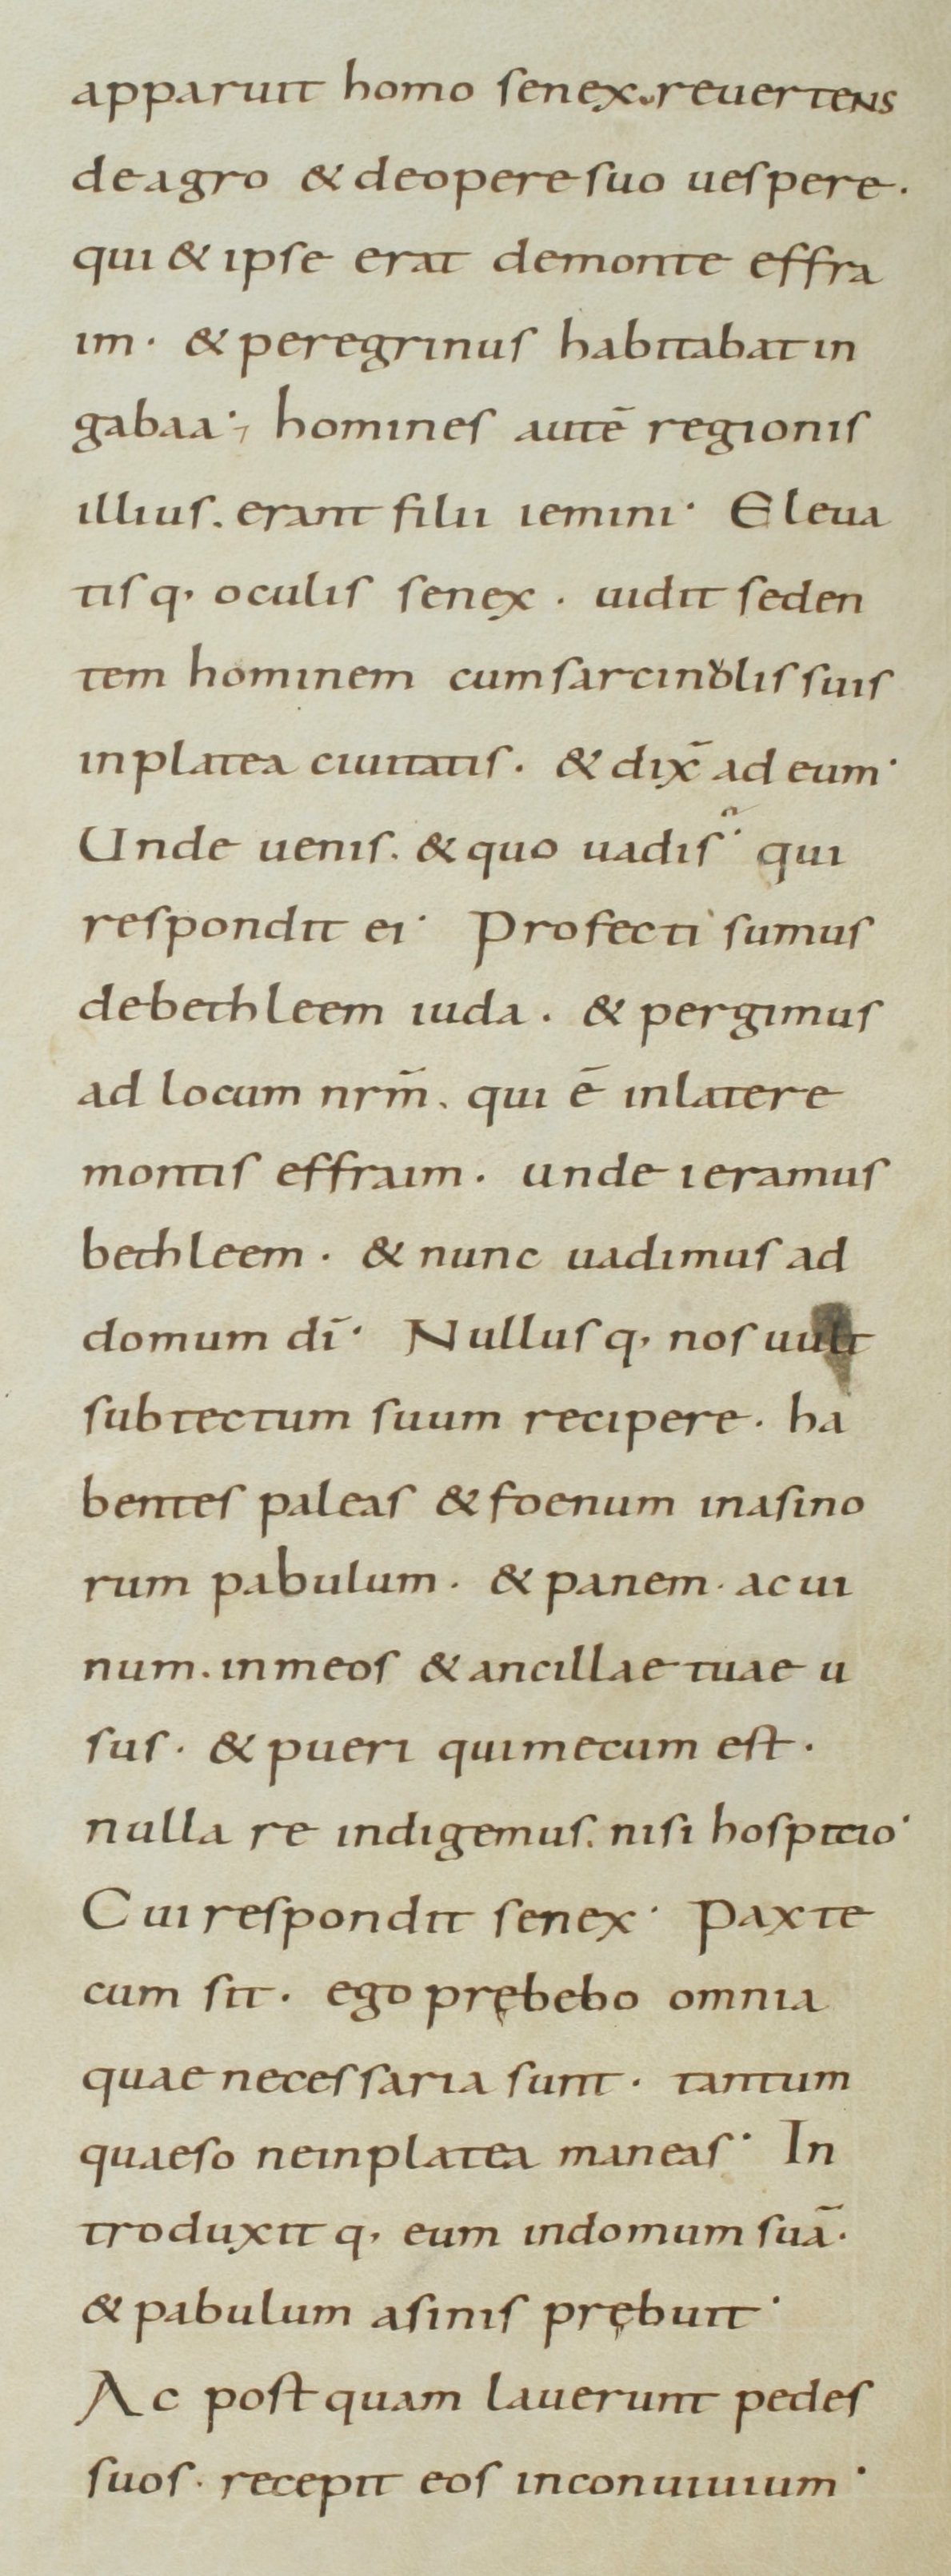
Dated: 800–899